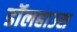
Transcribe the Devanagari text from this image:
डॉलहाउस